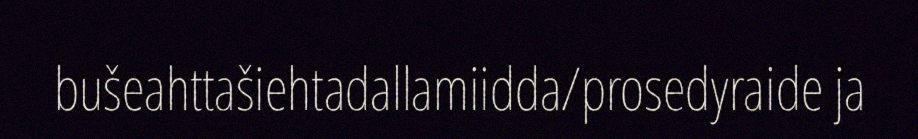
bušeahttašiehtadallamiidda/prosedyraide ja